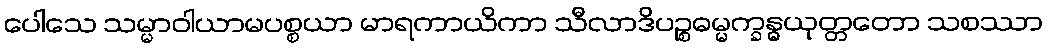
ပေါသေ သမ္မာဝါယာမပစ္စယာ မာရကာယိကာ သီလာဒိပဉ္စဓမ္မက္ခန္ဓယုတ္တတော သစဿာ